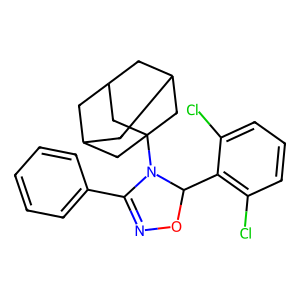
SMILES: Clc1cccc(Cl)c1C1ON=C(c2ccccc2)N1C12CC3CC(CC(C3)C1)C2
Inhibits HIV replication: No